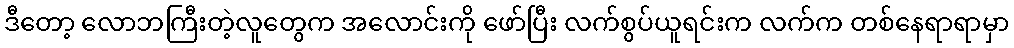
ဒီတော့ လောဘကြီးတဲ့လူတွေက အလောင်းကို ဖော်ပြီး လက်စွပ်ယူရင်းက လက်က တစ်နေရာရာမှာ